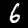
Label: 6